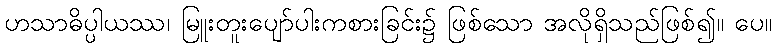
ဟသာဓိပ္ပါယဿ၊ မြူးတူးပျော်ပါးကစားခြင်း၌ ဖြစ်သော အလိုရှိသည်ဖြစ်၍။ ပေ။